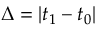
\Delta = | t _ { 1 } - t _ { 0 } |